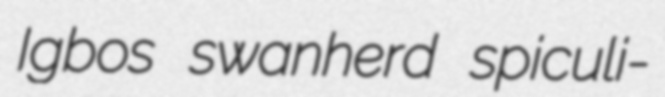
Igbos swanherd spiculi-